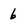
Character: 6